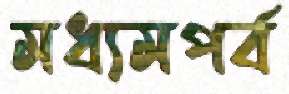
মধ্যমপর্ব